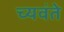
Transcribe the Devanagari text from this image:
च्यवंते